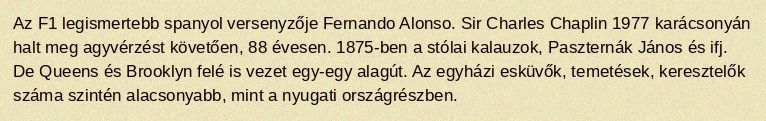
Az F1 legismertebb spanyol versenyzője Fernando Alonso. Sir Charles Chaplin 1977 karácsonyán halt meg agyvérzést követően, 88 évesen. 1875-ben a stólai kalauzok, Paszternák János és ifj. De Queens és Brooklyn felé is vezet egy-egy alagút. Az egyházi esküvők, temetések, keresztelők száma szintén alacsonyabb, mint a nyugati országrészben.